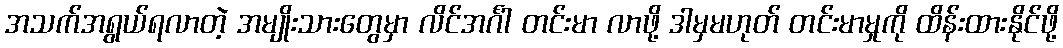
အသက်အရွယ်ရလာတဲ့ အမျိုးသားတွေမှာ လိင်အင်္ဂါ တင်းမာ လာဖို့ ဒါမှမဟုတ် တင်းမာမှုကို ထိန်းထားနိုင်ဖို့